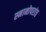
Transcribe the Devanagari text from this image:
स्नानोपरांत